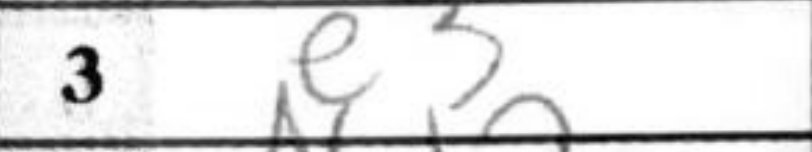
Transcription: e3